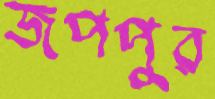
জপপুর